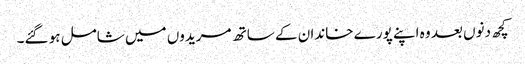
کچھ دنوں بعد وہ اپنے پورے خاندان کے ساتھ مریدوں میں شامل ہو گئے۔